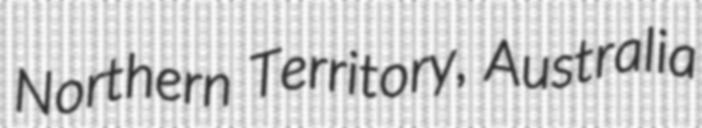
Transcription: Northern Territory, Australia